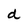
Character: d